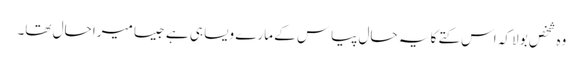
وہ شخص بولا کہ اس کتے کا یہ حال پیاس کے مارے ویسا ہی ہے جیسا میرا حال تھا۔